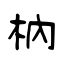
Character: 枘